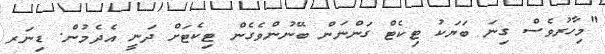
"މިހާރުވެސް ގިނަ ބަޔަކު ޓިކެޓް ގަންނަން ބޭނުންވެގެން ޓިކެޓަށް ދަނީ އެދެމުން. ޑިނަރ